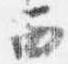
西